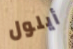
أيلول